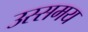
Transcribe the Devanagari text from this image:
उस्समय